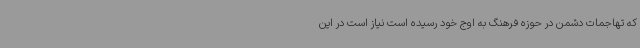
که تهاجمات دشمن در حوزه فرهنگ به اوج خود رسیده است نیاز است در این